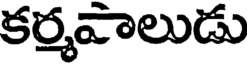
కర్మవాలుడు